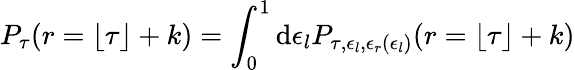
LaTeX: P_{\tau}(r=\lfloor\tau\rfloor+k)=\int_{0}^{1}\mathrm{d}\epsilon_{l}P_{\tau,\epsilon_{l},\epsilon_{r}(\epsilon_{l})}(r=\lfloor\tau\rfloor+k)